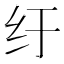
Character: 纡